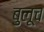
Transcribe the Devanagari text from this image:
बुलूच